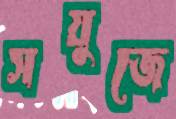
সয়ুজে